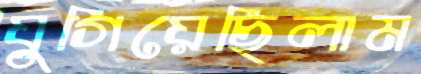
যুগিয়েছিলাম